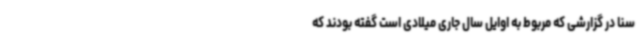
سنا در گزارشی که مربوط به اوایل سال جاری میلادی است گفته بودند که